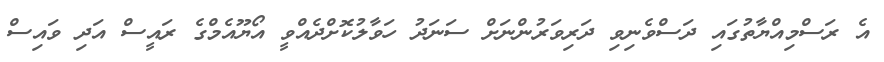
އެ ރަސްމިއްޔާތުގައި ދަސްވެނިވި ދަރިވަރުންނަށް ސަނަދު ހަވާލުކޮށްދެއްވީ އޯޔޫއެމްގެ ރައީސް އަދި ވައިސް